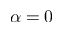
\alpha = 0